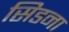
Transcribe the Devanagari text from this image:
सिडना